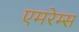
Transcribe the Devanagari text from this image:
एमरेम्स